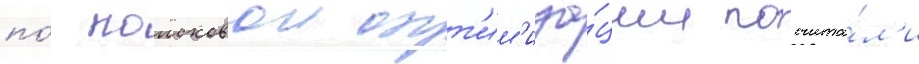
по́ поисковои опт'им'иза́ции посчита́л'и